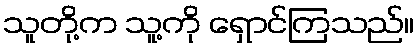
သူတို့က သူ့ကို ရှောင်ကြသည်။